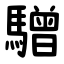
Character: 驓